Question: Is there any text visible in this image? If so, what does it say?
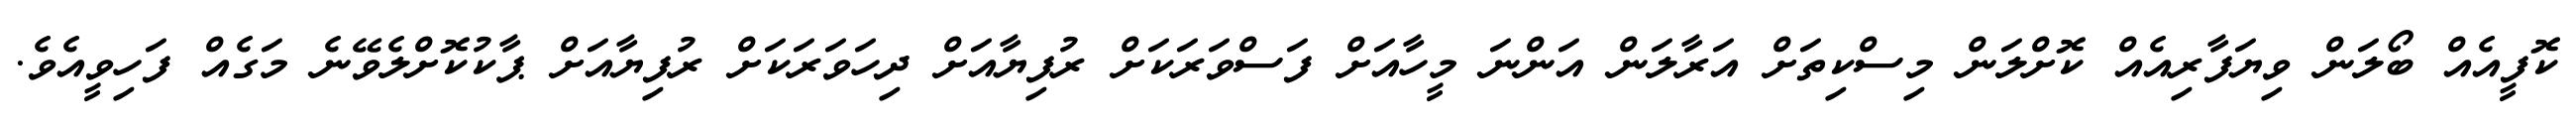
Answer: ކޮފީއެއް ބޯލަން ވިޔަފާރިއެއް ކޮށްލަން މިސްކިތަށް އަރާލަން އަންނަ މީހާއަށް ފަސްވަރަކަށް ރުފިޔާއަށް ދިހަވަރަކަށް ރުފިޔާއަށް ޕާކުކޮށްލެވޭނެ މަގެއް ފަހިވީއެވެ.